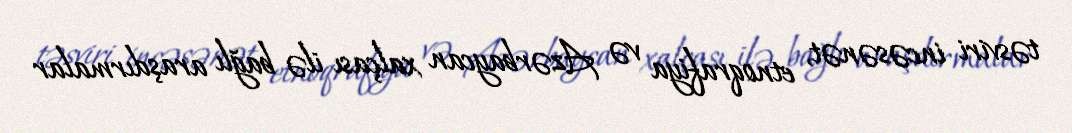
təsviri incəsənət, etnoqrafiya və Azərbaycan xalçası ilə bağlı araşdırmalar